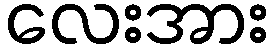
လေးအား